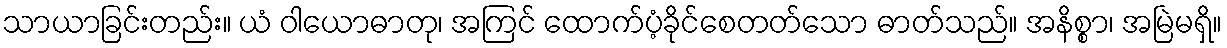
သာယာခြင်းတည်း။ ယံ ဝါယောဓာတု၊ အကြင် ထောက်ပံ့ခိုင်စေတတ်သော ဓာတ်သည်။ အနိစ္စာ၊ အမြဲမရှိ။